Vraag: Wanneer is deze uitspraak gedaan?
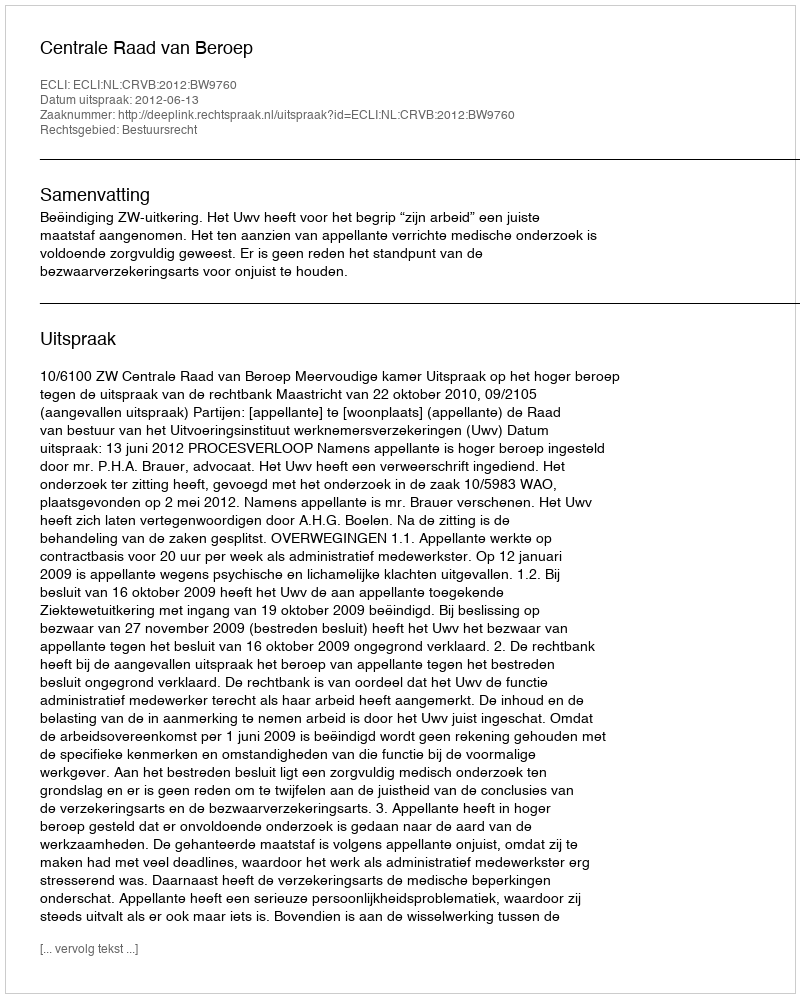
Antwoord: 2012-06-13